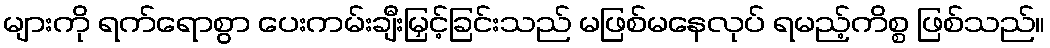
များကို ရက်ရောစွာ ပေးကမ်းချီးမြှင့်ခြင်းသည် မဖြစ်မနေလုပ် ရမည့်ကိစ္စ ဖြစ်သည်။